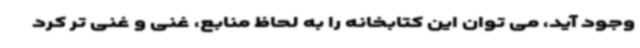
وجود آید، می توان این کتابخانه را به لحاظ منابع، غنی و غنی تر کرد